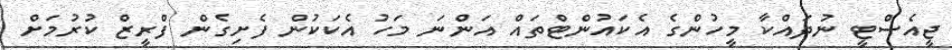
ޖީއެސްޓީ ނުދައްކާ މީހުންގެ އެކައުންޓްތައް އަންނަ މަހު އެކަކުން ފެށިގެން ފްރީޒް ކުރުމަށް